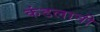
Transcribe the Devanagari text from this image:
कंडलानी